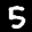
Label: 5